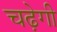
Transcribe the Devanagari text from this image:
चढ़ेगी